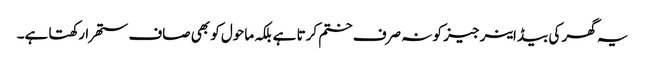
یہ گھر کی بیڈ اینرجیز کو نہ صرف ختم کرتا ہے بلکہ ماحول کو بھی صاف ستھرا رکھتا ہے۔